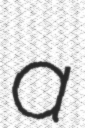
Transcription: a